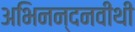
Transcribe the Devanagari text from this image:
अभिनन्दनवीथी